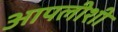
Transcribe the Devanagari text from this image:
आपलीशी